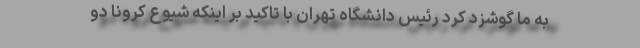
به ما گوشزد کرد رئیس دانشگاه تهران با تاکید بر اینکه شیوع کرونا دو